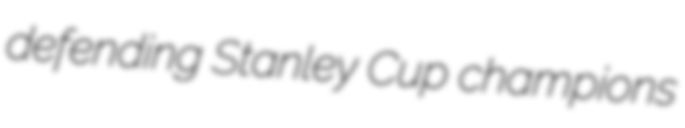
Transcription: defending Stanley Cup champions